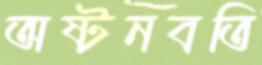
অষ্টনবতি